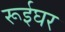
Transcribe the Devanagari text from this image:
रूईघर